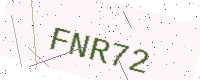
Text: FNR72